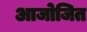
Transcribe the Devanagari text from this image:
आजोजित